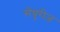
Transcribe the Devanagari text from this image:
सेंचुरीज़